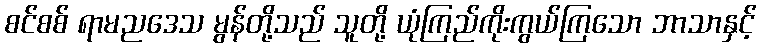
စင်စစ် ရာမညဒေသ မွန်တို့သည် သူတို့ ယုံကြည်ကိုးကွယ်ကြသော ဘာသာနှင့်